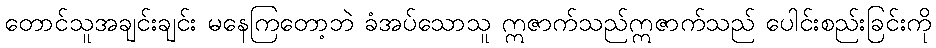
တောင်သူအချင်းချင်း မနေကြတော့ဘဲ ခံအပ်သောသူ ဣဇာက်သည်ဣဇာက်သည် ပေါင်းစည်းခြင်းကို